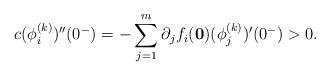
LaTeX: \begin{align*}c(\phi_i^{(k)})''(0^-)=-\sum_{j=1}^m \partial_jf_i(\mathbf{0})(\phi_j^{(k)})'(0^-)>0.\end{align*}